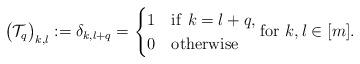
LaTeX: \begin{align*} \big(\mathcal{T}_q\big)_{k,l} := \delta_{k,l+q} = \begin{cases} 1 & {\rm if} \ k = l+q,\\ 0 & {\rm otherwise}\end{cases} \mathrm{for} \ k,l \in [m]. \end{align*}